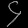
Digit: ၄